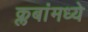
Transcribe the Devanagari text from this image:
क्लबांमध्ये